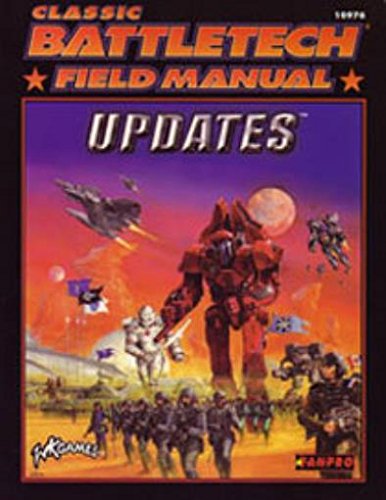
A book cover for Classic Battletech Field Manual: Updates; Fanpro 10976; Science Fiction & Fantasy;